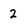
Character: 2